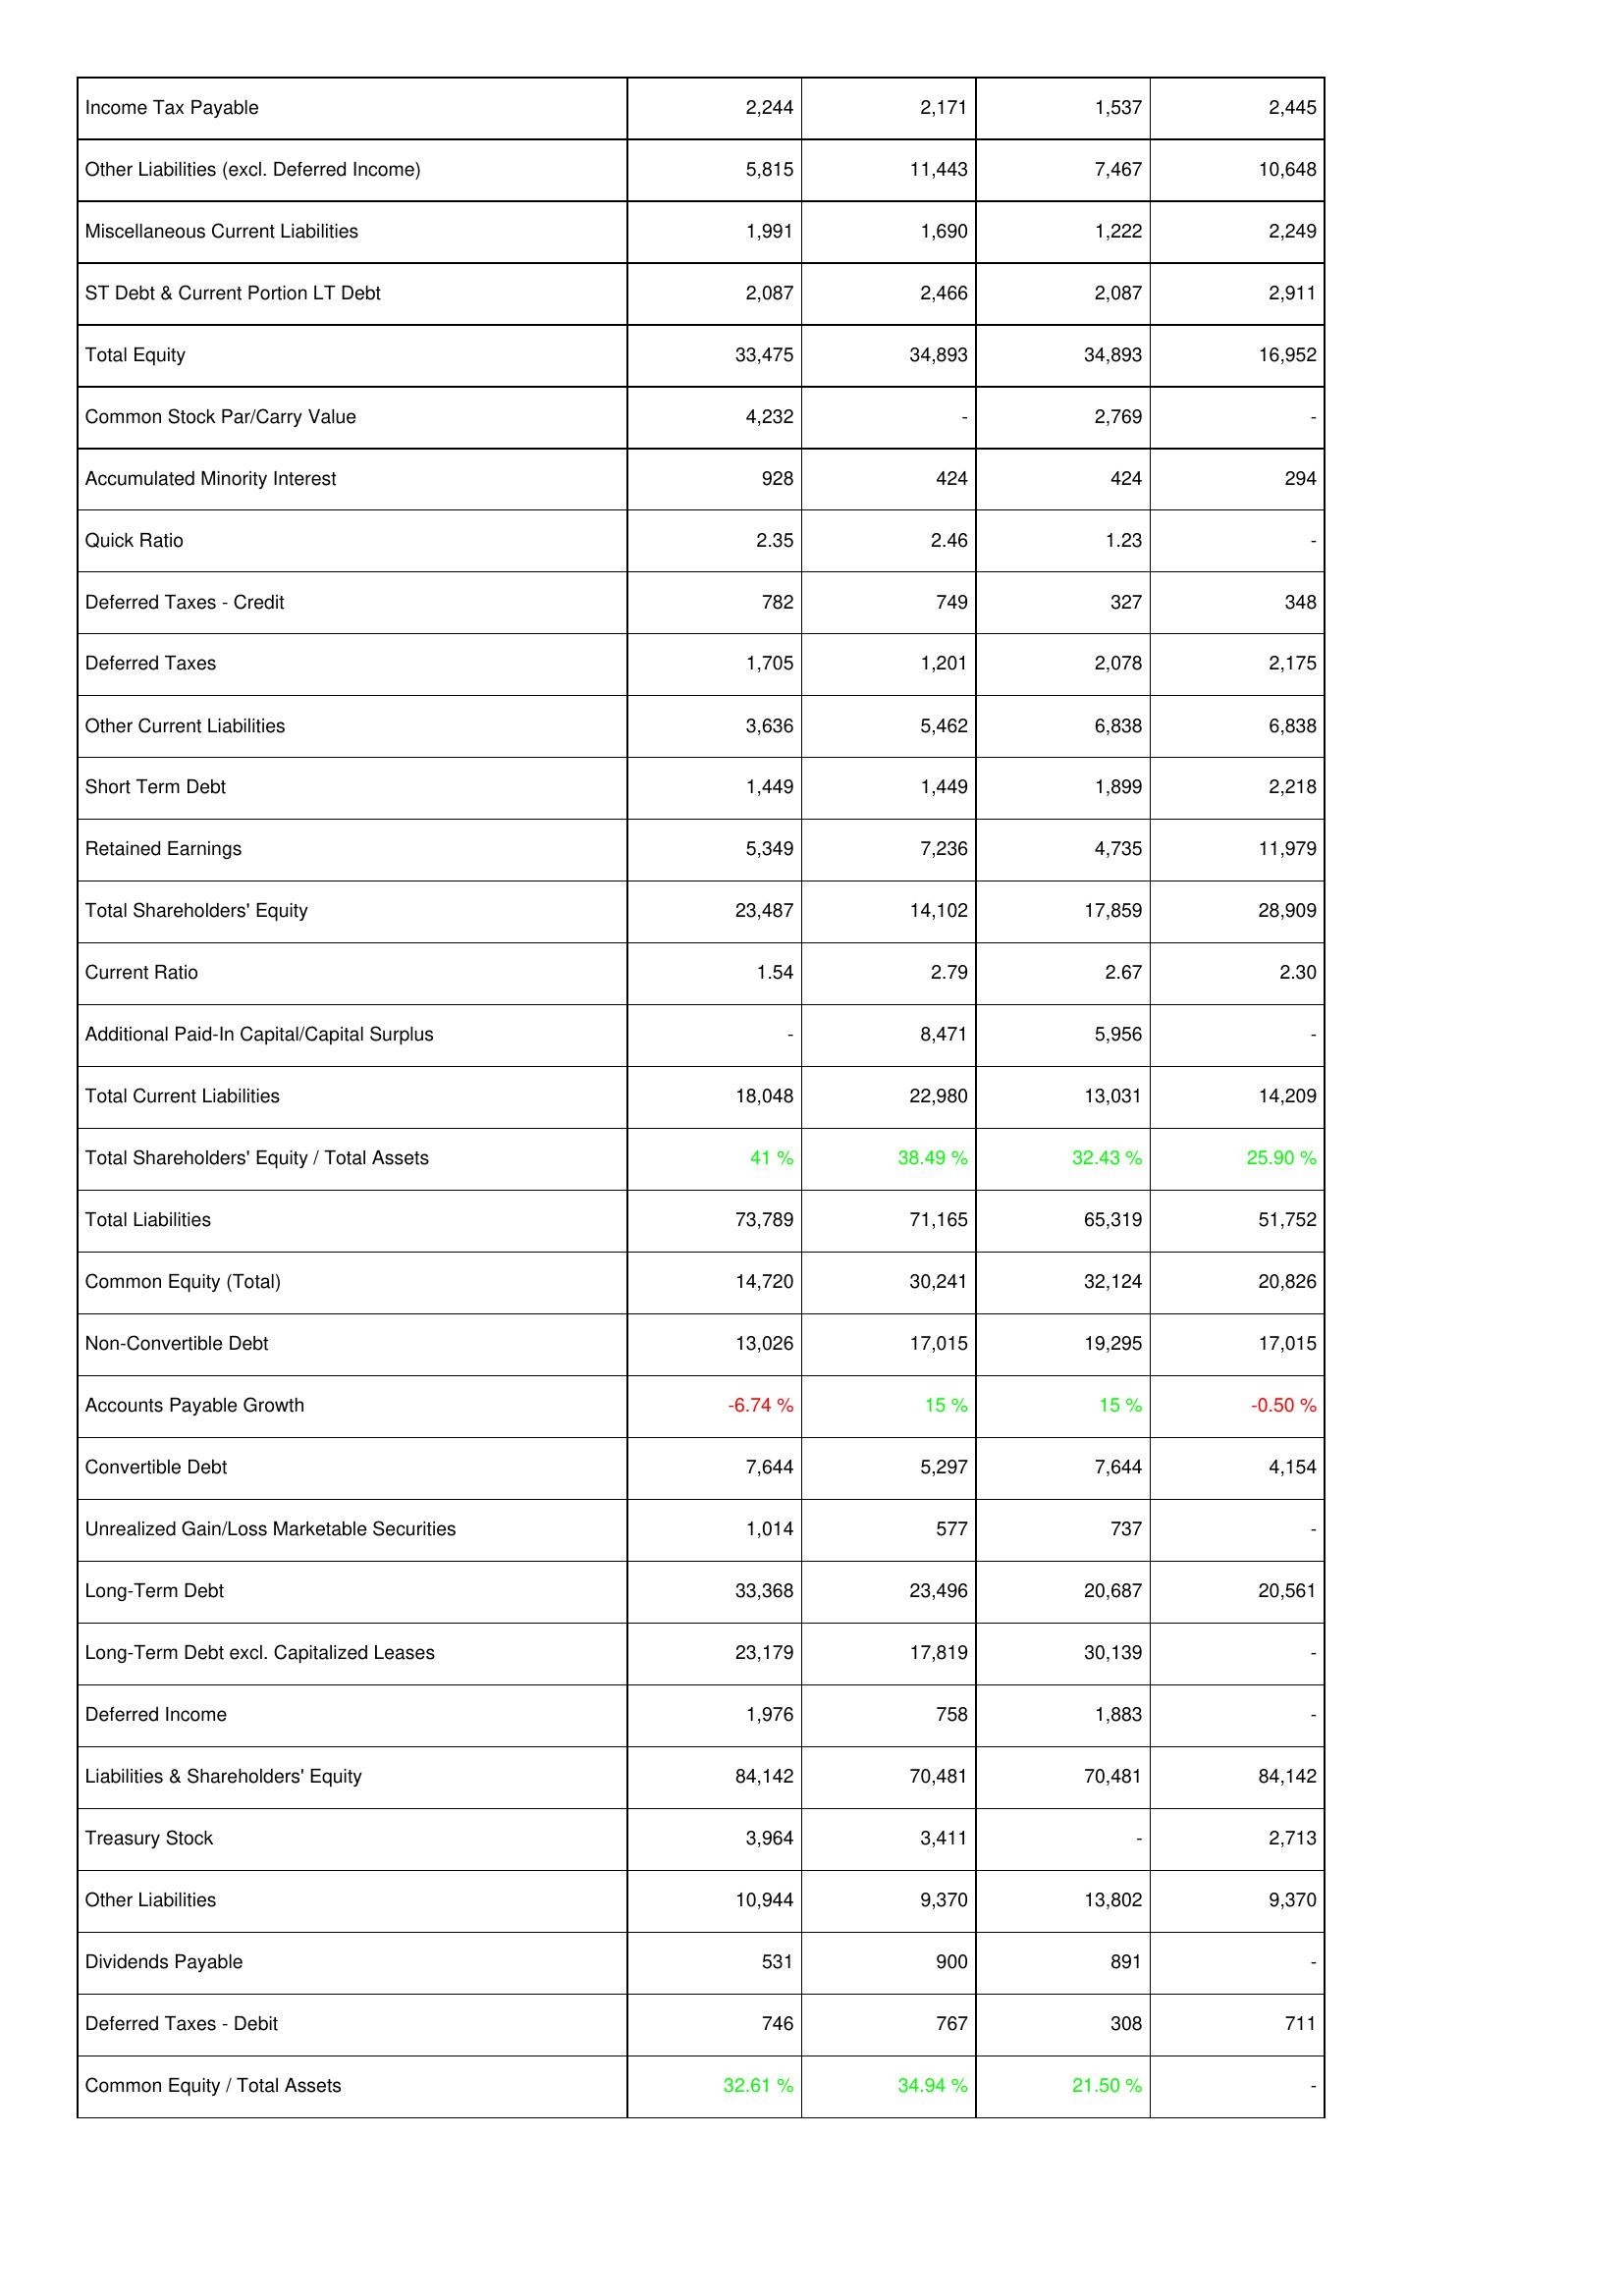
2014: Liabilities & Shareholders' Equity: Income Tax Payable: 2,244
Other Liabilities (excl. Deferred Income): 5,815
Miscellaneous Current Liabilities: 1,991
ST Debt & Current Portion LT Debt: 2,087
Total Equity: 33,475
Common Stock Par/Carry Value: 4,232
Accumulated Minority Interest: 928
Quick Ratio: 2.35
Deferred Taxes - Credit: 782
Deferred Taxes: 1,705
Other Current Liabilities: 3,636
Short Term Debt: 1,449
Retained Earnings: 5,349
Total Shareholders' Equity: 23,487
Current Ratio: 1.54
Additional Paid-In Capital/Capital Surplus: -
Total Current Liabilities: 18,048
Total Shareholders' Equity / Total Assets: 41 %
Total Liabilities: 73,789
Common Equity (Total): 14,720
Non-Convertible Debt: 13,026
Accounts Payable Growth: -6.74 %
Convertible Debt: 7,644
Unrealized Gain/Loss Marketable Securities: 1,014
Long-Term Debt: 33,368
Long-Term Debt excl. Capitalized Leases: 23,179
Deferred Income: 1,976
Liabilities & Shareholders' Equity: 84,142
Treasury Stock: 3,964
Other Liabilities: 10,944
Dividends Payable: 531
Deferred Taxes - Debit: 746
Common Equity / Total Assets: 32.61 %
2015: Liabilities & Shareholders' Equity: Income Tax Payable: 2,171
Other Liabilities (excl. Deferred Income): 11,443
Miscellaneous Current Liabilities: 1,690
ST Debt & Current Portion LT Debt: 2,466
Total Equity: 34,893
Common Stock Par/Carry Value: -
Accumulated Minority Interest: 424
Quick Ratio: 2.46
Deferred Taxes - Credit: 749
Deferred Taxes: 1,201
Other Current Liabilities: 5,462
Short Term Debt: 1,449
Retained Earnings: 7,236
Total Shareholders' Equity: 14,102
Current Ratio: 2.79
Additional Paid-In Capital/Capital Surplus: 8,471
Total Current Liabilities: 22,980
Total Shareholders' Equity / Total Assets: 38.49 %
Total Liabilities: 71,165
Common Equity (Total): 30,241
Non-Convertible Debt: 17,015
Accounts Payable Growth: 15 %
Convertible Debt: 5,297
Unrealized Gain/Loss Marketable Securities: 577
Long-Term Debt: 23,496
Long-Term Debt excl. Capitalized Leases: 17,819
Deferred Income: 758
Liabilities & Shareholders' Equity: 70,481
Treasury Stock: 3,411
Other Liabilities: 9,370
Dividends Payable: 900
Deferred Taxes - Debit: 767
Common Equity / Total Assets: 34.94 %
2016: Liabilities & Shareholders' Equity: Income Tax Payable: 1,537
Other Liabilities (excl. Deferred Income): 7,467
Miscellaneous Current Liabilities: 1,222
ST Debt & Current Portion LT Debt: 2,087
Total Equity: 34,893
Common Stock Par/Carry Value: 2,769
Accumulated Minority Interest: 424
Quick Ratio: 1.23
Deferred Taxes - Credit: 327
Deferred Taxes: 2,078
Other Current Liabilities: 6,838
Short Term Debt: 1,899
Retained Earnings: 4,735
Total Shareholders' Equity: 17,859
Current Ratio: 2.67
Additional Paid-In Capital/Capital Surplus: 5,956
Total Current Liabilities: 13,031
Total Shareholders' Equity / Total Assets: 32.43 %
Total Liabilities: 65,319
Common Equity (Total): 32,124
Non-Convertible Debt: 19,295
Accounts Payable Growth: 15 %
Convertible Debt: 7,644
Unrealized Gain/Loss Marketable Securities: 737
Long-Term Debt: 20,687
Long-Term Debt excl. Capitalized Leases: 30,139
Deferred Income: 1,883
Liabilities & Shareholders' Equity: 70,481
Treasury Stock: -
Other Liabilities: 13,802
Dividends Payable: 891
Deferred Taxes - Debit: 308
Common Equity / Total Assets: 21.50 %
2017: Liabilities & Shareholders' Equity: Income Tax Payable: 2,445
Other Liabilities (excl. Deferred Income): 10,648
Miscellaneous Current Liabilities: 2,249
ST Debt & Current Portion LT Debt: 2,911
Total Equity: 16,952
Common Stock Par/Carry Value: -
Accumulated Minority Interest: 294
Quick Ratio: -
Deferred Taxes - Credit: 348
Deferred Taxes: 2,175
Other Current Liabilities: 6,838
Short Term Debt: 2,218
Retained Earnings: 11,979
Total Shareholders' Equity: 28,909
Current Ratio: 2.30
Additional Paid-In Capital/Capital Surplus: -
Total Current Liabilities: 14,209
Total Shareholders' Equity / Total Assets: 25.90 %
Total Liabilities: 51,752
Common Equity (Total): 20,826
Non-Convertible Debt: 17,015
Accounts Payable Growth: -0.50 %
Convertible Debt: 4,154
Unrealized Gain/Loss Marketable Securities: -
Long-Term Debt: 20,561
Long-Term Debt excl. Capitalized Leases: -
Deferred Income: -
Liabilities & Shareholders' Equity: 84,142
Treasury Stock: 2,713
Other Liabilities: 9,370
Dividends Payable: -
Deferred Taxes - Debit: 711
Common Equity / Total Assets: -